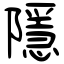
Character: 隱